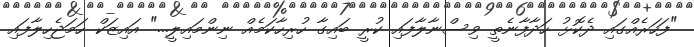
"ފަހަރެއްގައި ދެކޮޅު ހަދާފާނެތީ ވިސްނާލާފައި ކުރީ ބައިގާ ހުރިހާކަމެއް ނިންމައިލީ..." އައިޒަކް ހަމަޖެހިލާފައި